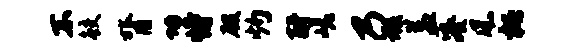
不鲛膂功恃殷灼酹嵯乃瑕益凑风柄